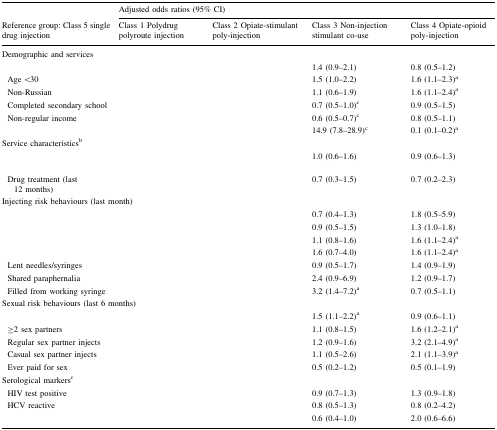
<table><thead><tr><td>[EMPTY_CELL]</td><td colspan="4"><b>Adjusted odds ratios (95% CI)</b></td></tr><tr><td><b>Reference group: Class 5 single drug injection</b></td><td><b>Class 1 Polydrug polyroute injection</b></td><td><b>Class 2 Opiate-stimulant poly-injection</b></td><td><b>Class 3 Non-injection stimulant co-use</b></td><td><b>Class 4 Opiate-opioid poly-injection</b></td></tr></thead><tbody><tr><td colspan="5">Demographic and services</td></tr><tr><td>[EMPTY_CELL]</td><td>[EMPTY_CELL]</td><td>[EMPTY_CELL]</td><td>1.4 (0.9–2.1)</td><td>0.8 (0.5–1.2)</td></tr><tr><td> Age &lt;30</td><td>[EMPTY_CELL]</td><td>[EMPTY_CELL]</td><td>1.5 (1.0–2.2)</td><td>1.6 (1.1–2.3)<sup>a</sup></td></tr><tr><td> Non-Russian</td><td>[EMPTY_CELL]</td><td>[EMPTY_CELL]</td><td>1.1 (0.6–1.9)</td><td>1.6 (1.1–2.4)<sup>a</sup></td></tr><tr><td> Completed secondary school</td><td>[EMPTY_CELL]</td><td>[EMPTY_CELL]</td><td>0.7 (0.5–1.0)<sup>c</sup></td><td>0.9 (0.5–1.5)</td></tr><tr><td> Non-regular income</td><td>[EMPTY_CELL]</td><td>[EMPTY_CELL]</td><td>0.6 (0.5–0.7)<sup>c</sup></td><td>0.8 (0.5–1.1)</td></tr><tr><td>[EMPTY_CELL]</td><td>[EMPTY_CELL]</td><td>[EMPTY_CELL]</td><td>14.9 (7.8–28.9)<sup>c</sup></td><td>0.1 (0.1–0.2)<sup>a</sup></td></tr><tr><td colspan="5">Service characteristics<sup>b</sup></td></tr><tr><td>[EMPTY_CELL]</td><td>[EMPTY_CELL]</td><td>[EMPTY_CELL]</td><td>1.0 (0.6–1.6)</td><td>0.9 (0.6–1.3)</td></tr><tr><td> Drug treatment (last 12 months)</td><td>[EMPTY_CELL]</td><td>[EMPTY_CELL]</td><td>0.7 (0.3–1.5)</td><td>0.7 (0.2–2.3)</td></tr><tr><td colspan="5">Injecting risk behaviours (last month)</td></tr><tr><td>[EMPTY_CELL]</td><td>[EMPTY_CELL]</td><td>[EMPTY_CELL]</td><td>0.7 (0.4–1.3)</td><td>1.8 (0.5–5.9)</td></tr><tr><td>[EMPTY_CELL]</td><td>[EMPTY_CELL]</td><td>[EMPTY_CELL]</td><td>0.9 (0.5–1.5)</td><td>1.3 (1.0–1.8)</td></tr><tr><td>[EMPTY_CELL]</td><td>[EMPTY_CELL]</td><td>[EMPTY_CELL]</td><td>1.1 (0.8–1.6)</td><td>1.6 (1.1–2.4)<sup>a</sup></td></tr><tr><td>[EMPTY_CELL]</td><td>[EMPTY_CELL]</td><td>[EMPTY_CELL]</td><td>1.6 (0.7–4.0)</td><td>1.6 (1.1–2.4)<sup>a</sup></td></tr><tr><td> Lent needles/syringes</td><td>[EMPTY_CELL]</td><td>[EMPTY_CELL]</td><td>0.9 (0.5–1.7)</td><td>1.4 (0.9–1.9)</td></tr><tr><td> Shared paraphernalia</td><td>[EMPTY_CELL]</td><td>[EMPTY_CELL]</td><td>2.4 (0.9–6.9)</td><td>1.2 (0.9–1.7)</td></tr><tr><td> Filled from working syringe</td><td>[EMPTY_CELL]</td><td>[EMPTY_CELL]</td><td>3.2 (1.4–7.2)<sup>a</sup></td><td>0.7 (0.5–1.1)</td></tr><tr><td colspan="5">Sexual risk behaviours (last 6 months)</td></tr><tr><td>[EMPTY_CELL]</td><td>[EMPTY_CELL]</td><td>[EMPTY_CELL]</td><td>1.5 (1.1–2.2)<sup>a</sup></td><td>0.9 (0.6–1.1)</td></tr><tr><td> ≥2 sex partners</td><td>[EMPTY_CELL]</td><td>[EMPTY_CELL]</td><td>1.1 (0.8–1.5)</td><td>1.6 (1.2–2.1)<sup>a</sup></td></tr><tr><td> Regular sex partner injects</td><td>[EMPTY_CELL]</td><td>[EMPTY_CELL]</td><td>1.2 (0.9–1.6)</td><td>3.2 (2.1–4.9)<sup>a</sup></td></tr><tr><td> Casual sex partner injects</td><td>[EMPTY_CELL]</td><td>[EMPTY_CELL]</td><td>1.1 (0.5–2.6)</td><td>2.1 (1.1–3.9)<sup>a</sup></td></tr><tr><td> Ever paid for sex</td><td>[EMPTY_CELL]</td><td>[EMPTY_CELL]</td><td>0.5 (0.2–1.2)</td><td>0.5 (0.1–1.9)</td></tr><tr><td colspan="5">Serological markers<sup>c</sup></td></tr><tr><td> HIV test positive</td><td>[EMPTY_CELL]</td><td>[EMPTY_CELL]</td><td>0.9 (0.7–1.3)</td><td>1.3 (0.9–1.8)</td></tr><tr><td> HCV reactive</td><td>[EMPTY_CELL]</td><td>[EMPTY_CELL]</td><td>0.8 (0.5–1.3)</td><td>0.8 (0.2–4.2)</td></tr><tr><td>[EMPTY_CELL]</td><td>[EMPTY_CELL]</td><td>[EMPTY_CELL]</td><td>0.6 (0.4–1.0)</td><td>2.0 (0.6–6.6)</td></tr></tbody></table>